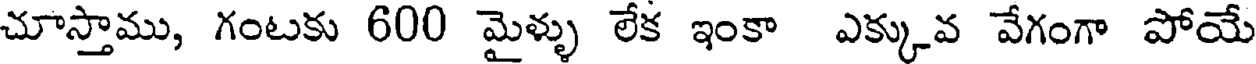
చూస్తాము, గంటకు 600 మైళ్ళు లేక ఇంకా ఎక్కువ వేగంగా పోయే